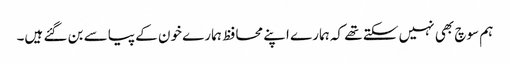
ہم سوچ بھی نہیں سکتے تھے کہ ہمارے اپنے محافظ ہمارے خون کے پیاسے بن گئے ہیں۔